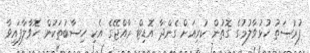
ފުރުސަތު ހުޅުވާލުމުގެ ގޮތުން ކުރިއަށް ގެންދާ އޮޑިޓް ރާއްޖޭގެ އެކި ހިސާބުތަކުން ހޮވާލާފައިވާ